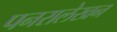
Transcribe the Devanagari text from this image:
पनरालेखन